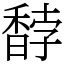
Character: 馞